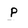
Character: P